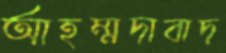
আহম্মদাবাদ